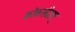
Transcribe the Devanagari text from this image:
कोकसंदेशम्